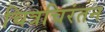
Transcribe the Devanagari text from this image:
चित्रचिरंतन